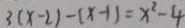
3 ( x - 2 ) - ( x - 1 ) = x ^ { 2 } - 4